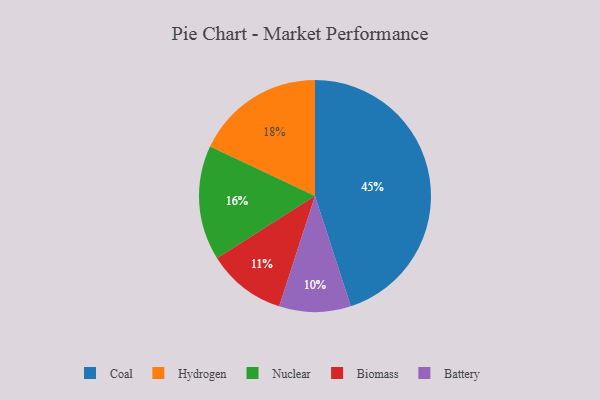
{"axis": {"x": "Category", "y": "Percentage"}, "legend": ["Battery", "Biomass", "Coal", "Hydrogen", "Nuclear"], "data": [{"x": "Coal", "y": 45, "type": "Coal"}, {"x": "Nuclear", "y": 16, "type": "Nuclear"}, {"x": "Battery", "y": 10, "type": "Battery"}, {"x": "Hydrogen", "y": 18, "type": "Hydrogen"}, {"x": "Biomass", "y": 11, "type": "Biomass"}]}